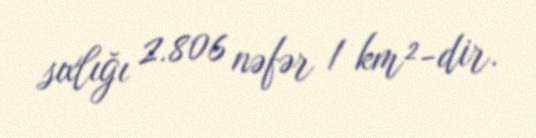
sıxlığı 2.806 nəfər / km²-dir.